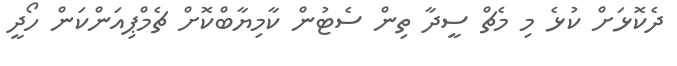
ދެކޮޅަށް ކުޅެ މި މެޗް ސީދާ ތިން ސެޓުން ކާމިޔާބްކޮށް ޗެމްޕިއަންކަން ހޯދީ